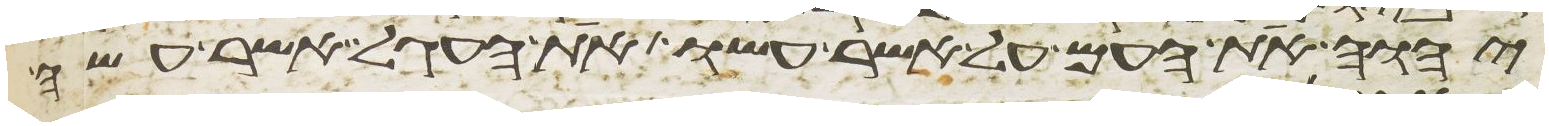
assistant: יהוה את העם על אשר עשו את העגל אשר עשה